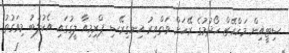
ސިޓީއިން މަހްރޭޒް ހޯދުމުގެ ރޭހަށް ވަތްއިރު އިނގިރޭސި ޕްރިމިއާ ލީގުގައި އެކުލަބު މިވަގުތު